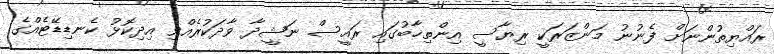
ރައްޔިތުންނަށް ފެނުނު މަންޒަރަކީ ރިޔާސީ އިންތިޚާބުގައި ރައީސް ނަޝީދާ ވާދަކުރެއްވި އިދިކޮޅު ކެނޑިޑޭޓެއްގެ